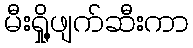
မီးရှို့ဖျက်ဆီးကာ